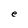
Character: e